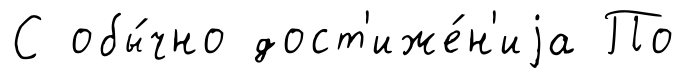
С обы́чно дост'иже́н'иjа По